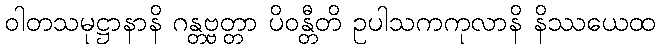
ဝါတသမုဋ္ဌာနာနိ ဂန္တဗ္ဗတ္တာ ပိဝန္တီတိ ဥပါသကကုလာနိ နိဿယေထ